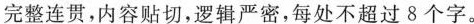
完整连贯，内容贴切，逻辑严密，每处不超过8个字。